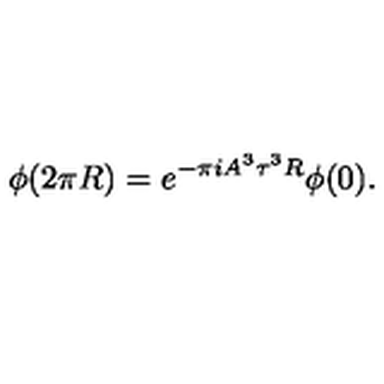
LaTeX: \phi ( 2 \pi R ) = e ^ { - \pi i A ^ { 3 } \tau ^ { 3 } R } \phi ( 0 ) .